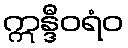
ဣန္ဒီဝရံဝ